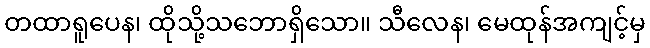
တထာရူပေန၊ ထိုသို့သဘောရှိသော။ သီလေန၊ မေထုန်အကျင့်မှ